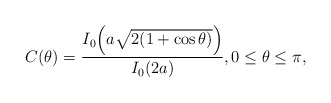
\begin{align*}C(\theta) = \frac{I_0 \! \left( a \sqrt{2 (1+\cos \theta)} \right)}{I_0(2a)}, 0 \leq \theta \leq \pi, \end{align*}